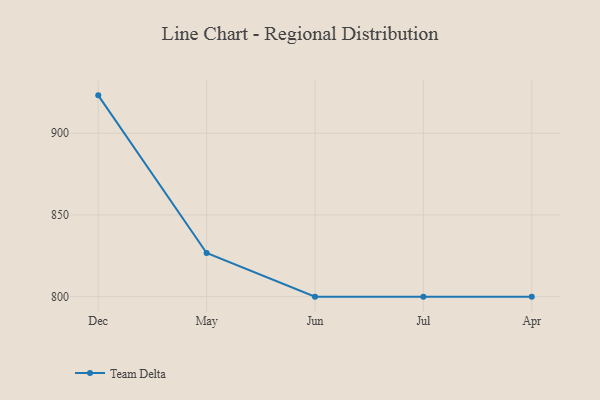
{"axis": {"x": "Month", "y": "Website Visitors"}, "legend": ["Team Delta"], "data": [{"x": "Dec", "y": 923.2, "type": "Team Delta"}, {"x": "May", "y": 826.7, "type": "Team Delta"}, {"x": "Jun", "y": 800, "type": "Team Delta"}, {"x": "Jul", "y": 800, "type": "Team Delta"}, {"x": "Apr", "y": 800, "type": "Team Delta"}]}